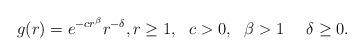
LaTeX: \begin{align*} g(r) = e^{-c r^{\beta}} r^{-\delta}, r \geq 1, \ \ c>0, \ \ \beta > 1 \ \ \ \ \delta \geq 0.\end{align*}